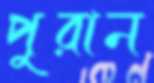
পুরান